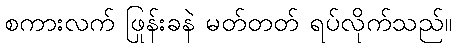
စကားလက် ဖြုန်းခနဲ မတ်တတ် ရပ်လိုက်သည်။